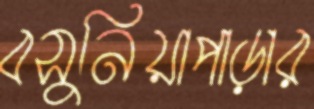
বসুনিয়াপাড়ার